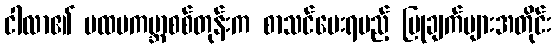
ငါလာ၏ ပထမကမ္ဘာစစ်တုန်းက စာသင်ပေးရမည့် ပြုချက်များအတိုင်း